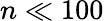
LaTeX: n\ll 100